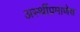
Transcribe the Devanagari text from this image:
अस्थींप्रमाणेच